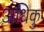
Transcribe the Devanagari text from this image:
अधिकु